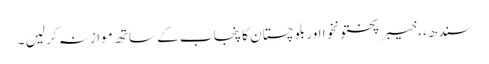
سندھ،، خیبر پختونخوا اور بلوچستان کا پنجاب کے ساتھ موازنہ کر لیں ۔